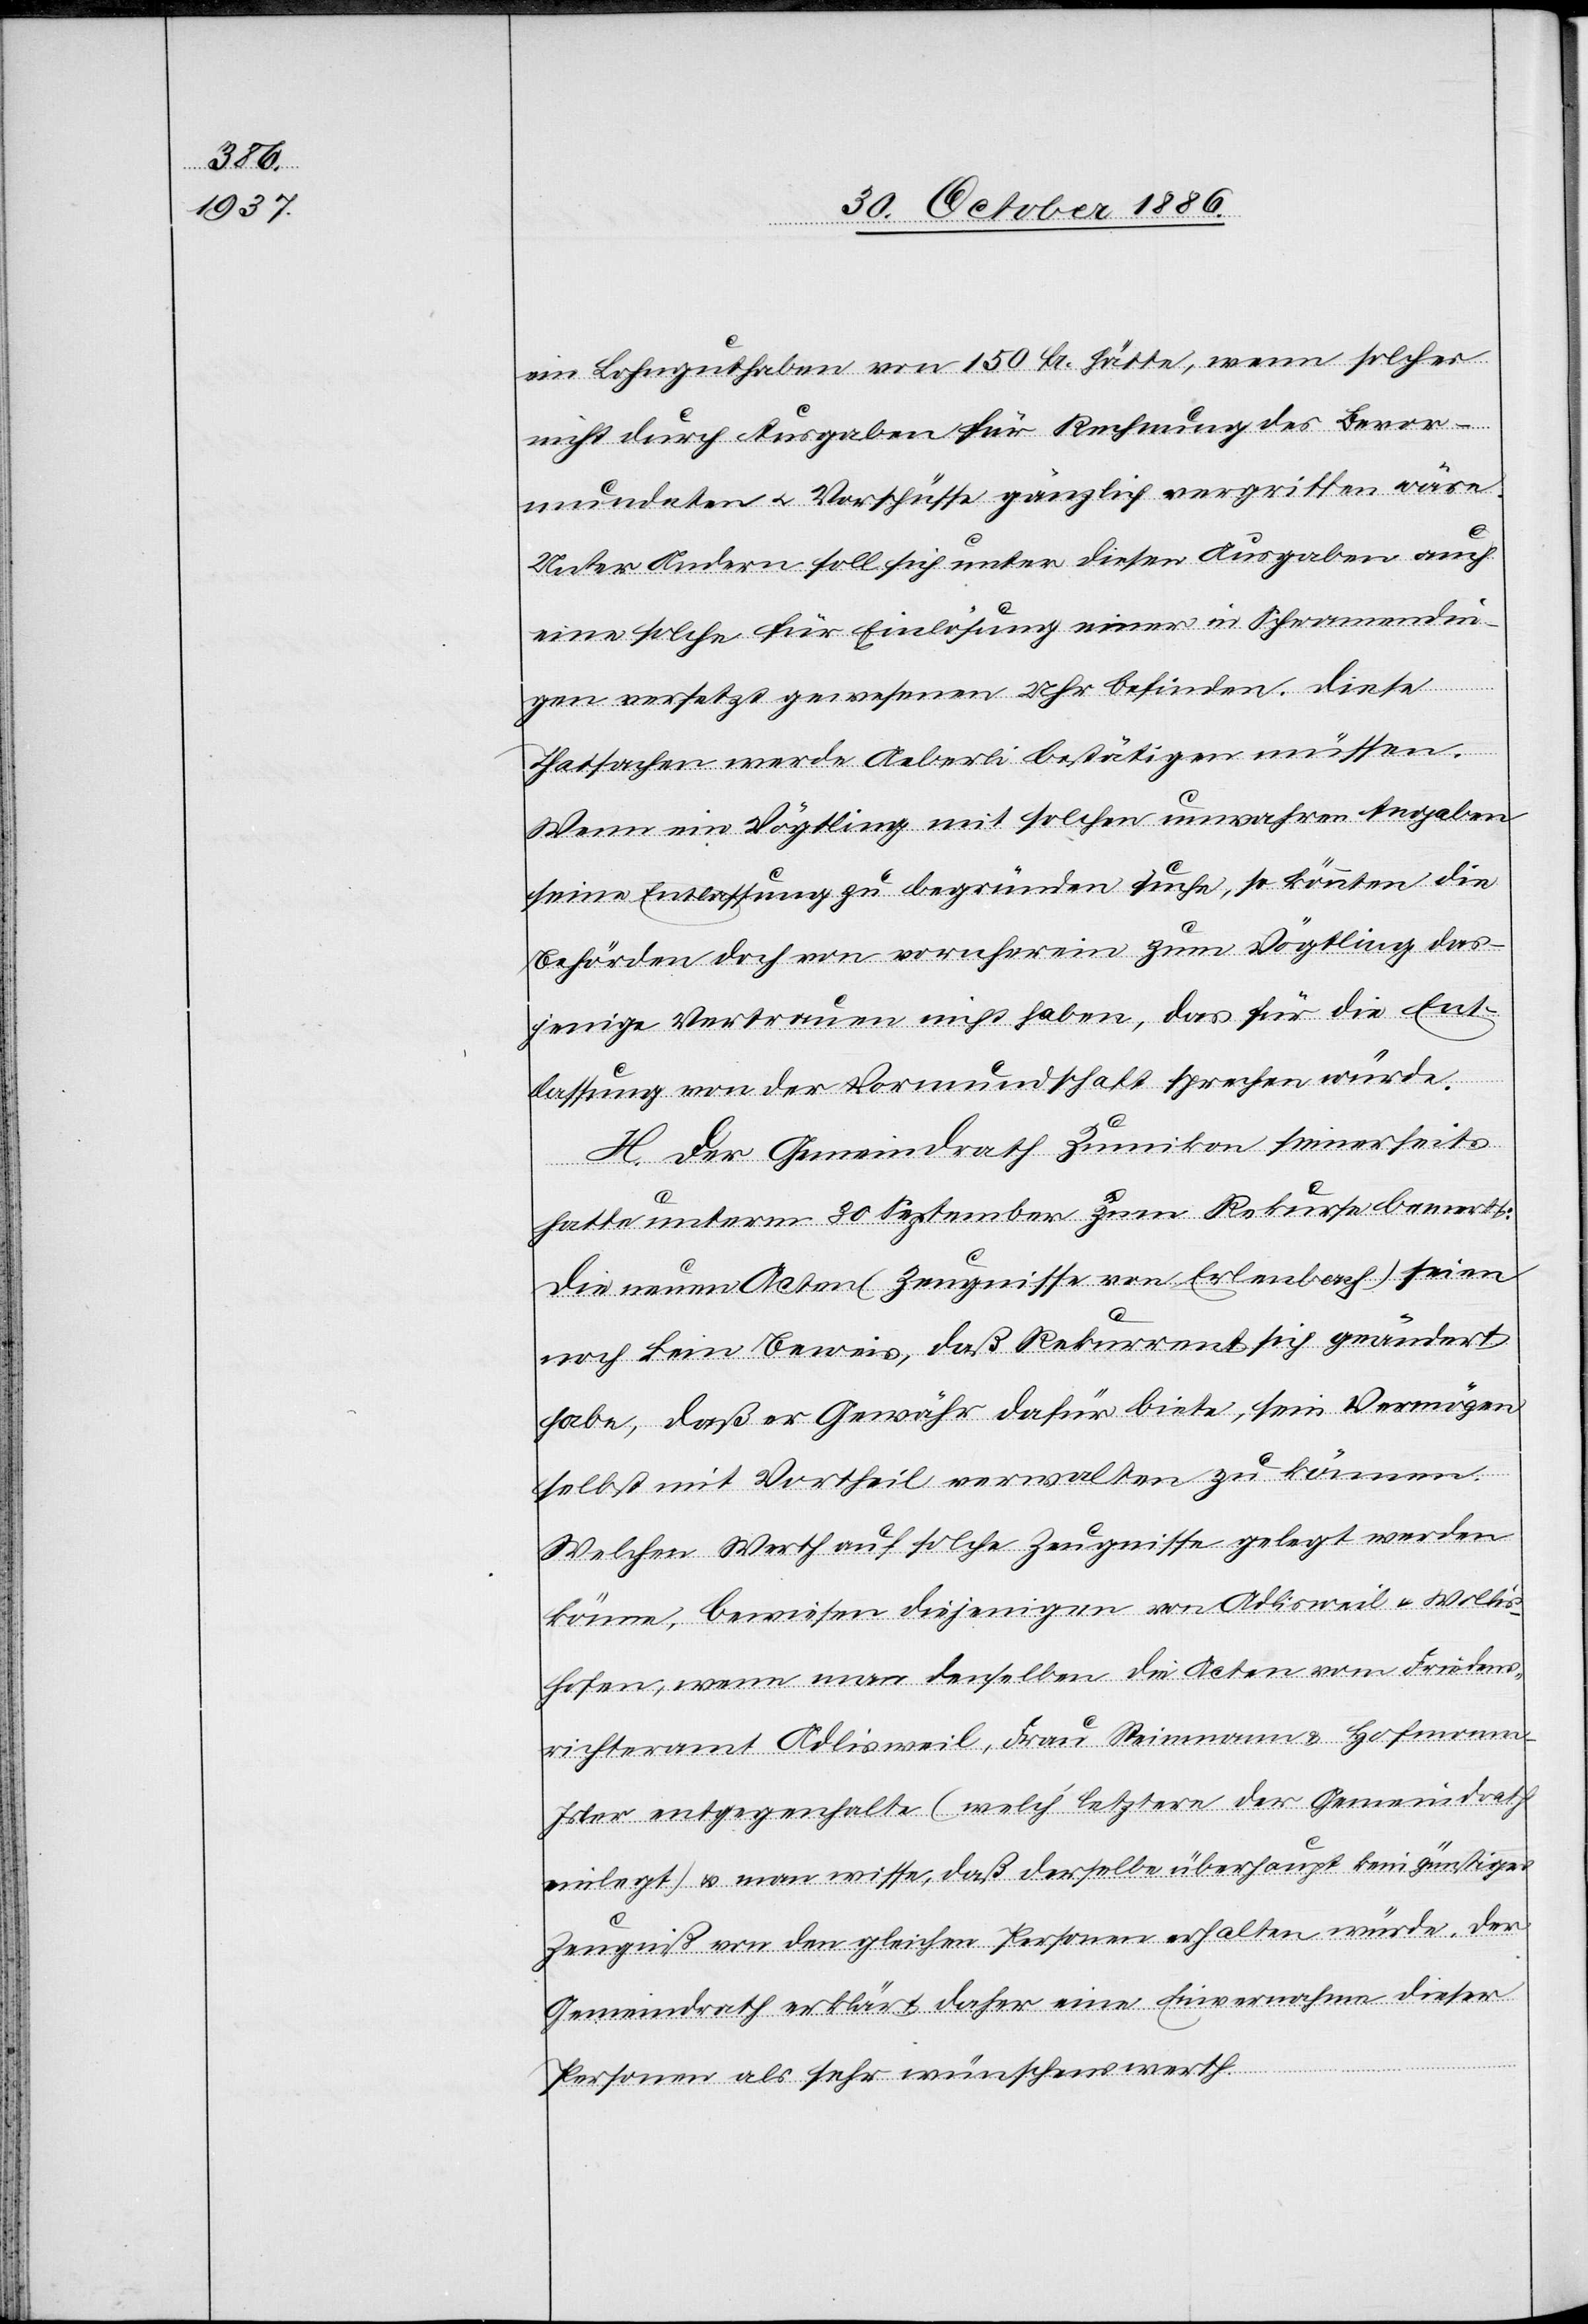
ein Lohnguthaben von 150 Fr. hätte, wenn solches
nicht durch Ausgaben für Rechnung des Bevor¬
mundeten & Vorschüsse gänzlich vergriffen wäre.
Unter Andern soll sich unter diesen Ausgaben auch
eine solche für Einlösung einer in Schwamendin¬
gen versetzt gewesenen Uhr befinden. Diese
Thatsachen werde Aeberli bestätigen müssen.
Wenn ein Vögtling mit solchen unwahren Angaben
seine Entlassung zu begründen suche, so könnten die
Behörden doch von vornherein zum Vögtling das¬
jenige Vertrauen nicht haben, das für die Ent¬
lassung von der Vormundschaft sprechen würde.
H. Der Gemeindrath Zumikon seinerseits
hatte unterm 30. September zum Rekurse bemerkt:
Die neuen Acten (Zeugnisse von Erlenbach) seien
noch kein Beweis, daß Rekurrent sich geändert
habe, daß er Gewähr dafür biete, sein Vermögen
selbst mit Vortheil verwalten zu können.
Welchen [sic!] Werth auf solche Zeugnisse gelegt werden
könne, bewiesen diejenigen von Adlisweil & Wollis¬
hofen, wenn man denselben die Acten vom Friedens¬
richteramt Adlisweil, Frau Steinmann & Hofmann-I¬
sler entgegenhalte (welch’ letztere der Gemeindrath
einlegt) & man wisse, daß derselbe überhaupt kein günstiges
Zeugniß von den gleichen Personen erhalten würde. Der
Gemeindrath erklärt daher eine Einvernahme dieser
Personen als sehr wünschenswerth.